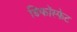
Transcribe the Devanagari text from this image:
डिफॉस्फेट